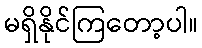
မရှိနိုင်ကြတော့ပါ။